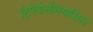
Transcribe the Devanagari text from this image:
ट्रिपेनोसोमयासिस